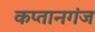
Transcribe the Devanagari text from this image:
कप्‍तानगंज